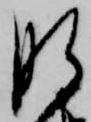
肝